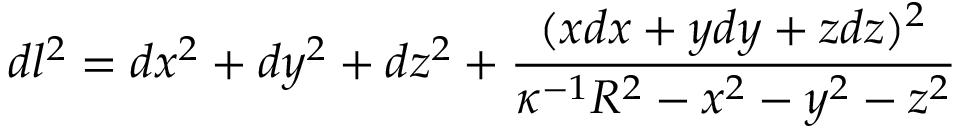
d l ^ { 2 } = d x ^ { 2 } + d y ^ { 2 } + d z ^ { 2 } + { \frac { ( x d x + y d y + z d z ) ^ { 2 } } { \kappa ^ { - 1 } R ^ { 2 } - x ^ { 2 } - y ^ { 2 } - z ^ { 2 } } }